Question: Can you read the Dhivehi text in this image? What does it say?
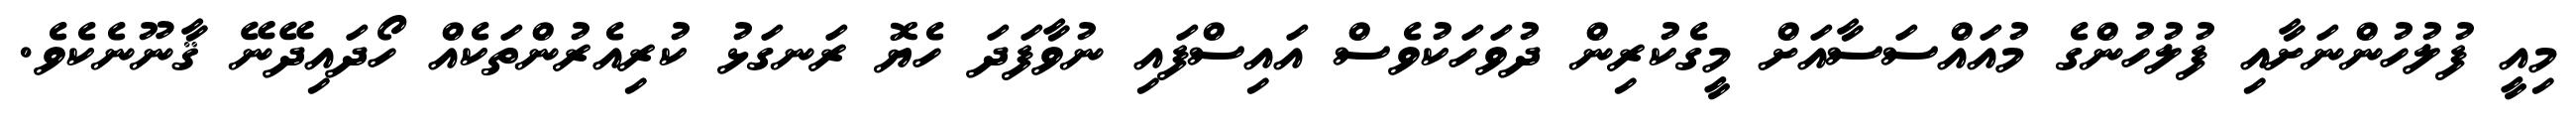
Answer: މިއީ ފުލުހުންނަށާއި ފުލުހުންގެ މުއައްސަސާއަށް މީގެކުރިން ދުވަހަކުވެސް އައިސްފައި ނުވާފަދަ ހެޔޮ ރަނގަޅު ކުރިއެރުންތަކެއް ހޯދައިދޭނޭ ޤާނޫނެކެވެ.